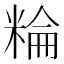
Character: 𥺽